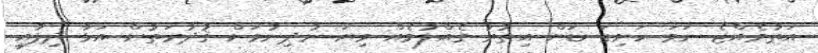
އަތުވެއްޖެ ނަމަ ހަށިގަނޑަށް އިތުރު ގެއްލުމެއް ވިޔަ ނުދިނުމަށް ޤުދުރަތުން އަޅާ ދިފާއީ